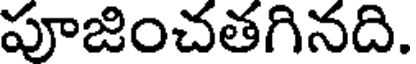
పూజించతగినది.